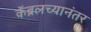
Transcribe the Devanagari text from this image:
कॅब्रलच्यानंतर